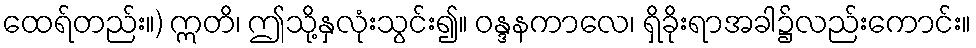
ထေရ်တည်း။) ဣတိ၊ ဤသို့နှလုံးသွင်း၍။ ဝန္ဒနကာလေ၊ ရှိခိုးရာအခါ၌လည်းကောင်း။